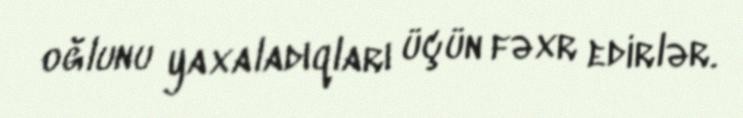
oğlunu yaxaladıqları üçün fəxr edirlər.